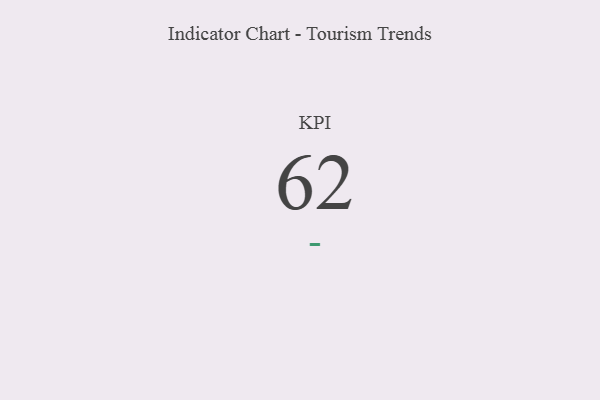
{"axis": {"x": "KPI", "y": "Value"}, "legend": [""], "data": [{"x": "KPI", "y": 62, "type": ""}]}